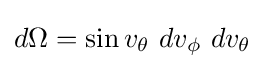
d\Omega =\sin {v_{\theta }}~dv_{\phi }~dv_{\theta }